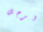
الرجل